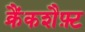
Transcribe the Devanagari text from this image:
क्रैंकशैफ़्ट